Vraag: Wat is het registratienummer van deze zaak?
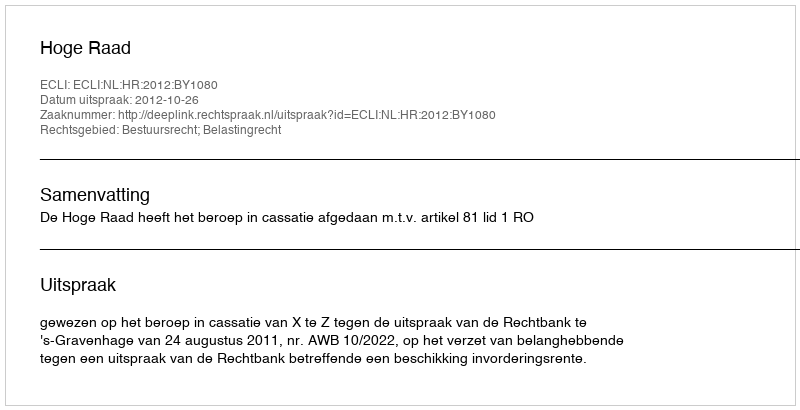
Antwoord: http://deeplink.rechtspraak.nl/uitspraak?id=ECLI:NL:HR:2012:BY1080